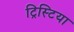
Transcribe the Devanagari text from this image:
ट्रिस्टिया